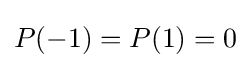
P(-1)=P(1)=0